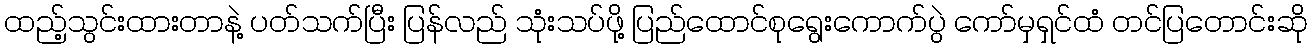
ထည့်သွင်းထားတာနဲ့ ပတ်သက်ပြီး ပြန်လည် သုံးသပ်ဖို့ ပြည်ထောင်စုရွေးကောက်ပွဲ ကော်မှရှင်ထံ တင်ပြတောင်းဆို